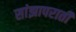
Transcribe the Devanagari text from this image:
सांझापराती